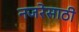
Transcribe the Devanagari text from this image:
नजरेसाठी